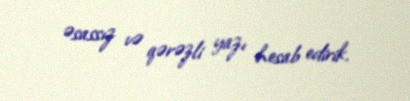
əsassız və qərəzli yazı hesab edirik.